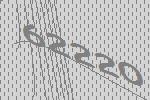
62220